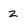
Character: z